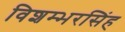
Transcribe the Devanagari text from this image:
विशम्भरसिंह